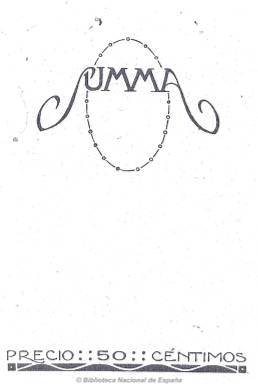
Título: Summa (Madrid. 1915)
Colección: Revistas de información general || Cultura
Ámbito geográfico: Madrid
Lugar de publicación: Madrid
Fechas: 15/10/1915-15/05/1916

Subtitulada “revista selecta ilustrada”, de frecuencia quincenal (aparece los días 1 y 15 de cada mes), editada con un diseño exquisito, impresa con papel de calidad y dedicada al mundo de la cultura, con contenidos literarios, de arte (pintura, escultura, música), arquitectura, teatro, etc., pero también de deportes, modas, arte decorativo y aristocracia, junto a otros sobre medicina o asuntos militares y de política social y financiera. Resalta en su edición los fotograbados de reproducciones artísticas en color, y las fotografías y dibujos que publicó, tanto en la portada como en el interior. Aparece el 15 de octubre de 1915, dirigida por el comediógrafo, novelista y también traductor Salvador Martínez Cuenca (-1966), que después también dirigió la compañía de teatro Concha Torres, su mujer. Su redactor jefe fue el escritor modernista y periodista Bernardo G. de Candamo (1881-1967).

En su larga nómina de colaboradores están Ramón María del Valle Inclán, Enrique Pérez-Canedo, Manuel Linares Rivas, Felipe Durero, Felipe Pedrell, Jacinto Benavente, Antonio y Manuel Machado, Baldomero Argente, Andrés González Blanco, Miguel de Unamuno, José Ortega y Gasset, Antonio de Hoyos y Vinent, Francisco Anaya, Augusto Forel, Enrique de Mesa, M.A. Castellanos, V. Lampérez Romea, José Francés, Augusto Vivero, Enrique Gomá y Fernando Bocherini, entre otros.

Aurora Gutiérrez Larraya escribe sobre modas y publica dibujos. El entonces diputado Julio Amado, sobre asuntos militares; Leopoldo Alonso, sobre deportes de minorías (alpinismo, automovilismo, etc.); León Boyd sobre el mundo de la aristocracia, y M. Nelken, sobre arte. Además de artículos y crónicas, inserta también textos de creación tanto en prosa como en verso. Dedicó el número del 15 de marzo de 1916 en homenaje a Rubén Darío.

Inserta ilustraciones y láminas, además de la citada Aurora Gutiérrez Larraya, de F. Pérez Dolz, F. Labrada, L. Felow, Moya del Pino y Menchón, además de fotografías de Julio Romero de Torres.

Por su amalgama de contenidos, sus bellas ilustraciones a color y edición esmerada, en números en un formato pequeño, compuestos a una columna y que superan ampliamente el medio centenar de páginas, debió buscar a sus lectores entre la aristocracia y la alta burguesía ilustrada y moderna. En el número 15, correspondiente al 15 de mayo de 1916, anuncia su suspensión temporal, con tan sólo tres trimestres de vida. Probablemente no reapareció más.